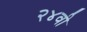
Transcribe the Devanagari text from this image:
२४वी